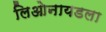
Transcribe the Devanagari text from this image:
लिओनायडला